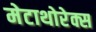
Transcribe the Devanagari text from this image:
मेटाथोरेक्स